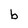
Character: b